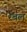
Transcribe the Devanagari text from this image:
रेबल